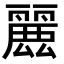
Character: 𮭶